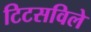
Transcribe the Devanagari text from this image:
टिटसविले